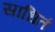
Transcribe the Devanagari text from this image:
साधितं